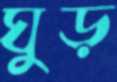
ঘুড়